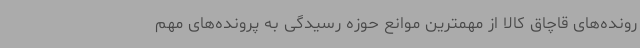
رونده‌های قاچاق کالا از مهمترین موانع حوزه رسیدگی به پرونده‌های مهم